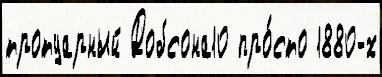
тротуарный Добсона10 про́сто 1880-х